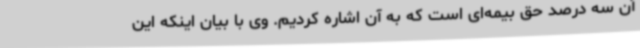
آن سه درصد حق بیمه‌ای است که به آن اشاره کردیم. وی با بیان اینکه این